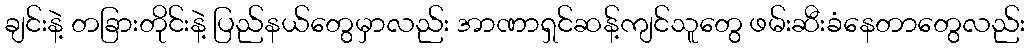
ချင်းနဲ့ တခြားတိုင်းနဲ့ ပြည်နယ်တွေမှာလည်း အာဏာရှင်ဆန့်ကျင်သူတွေ ဖမ်းဆီးခံနေတာတွေလည်း